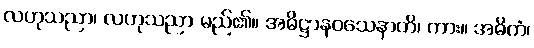
လဟုသညာ၊ လဟုသညာ မည်၏။ အဓိဋ္ဌာနဝသေနာတိ၊ ကား။ အဓိကံ၊